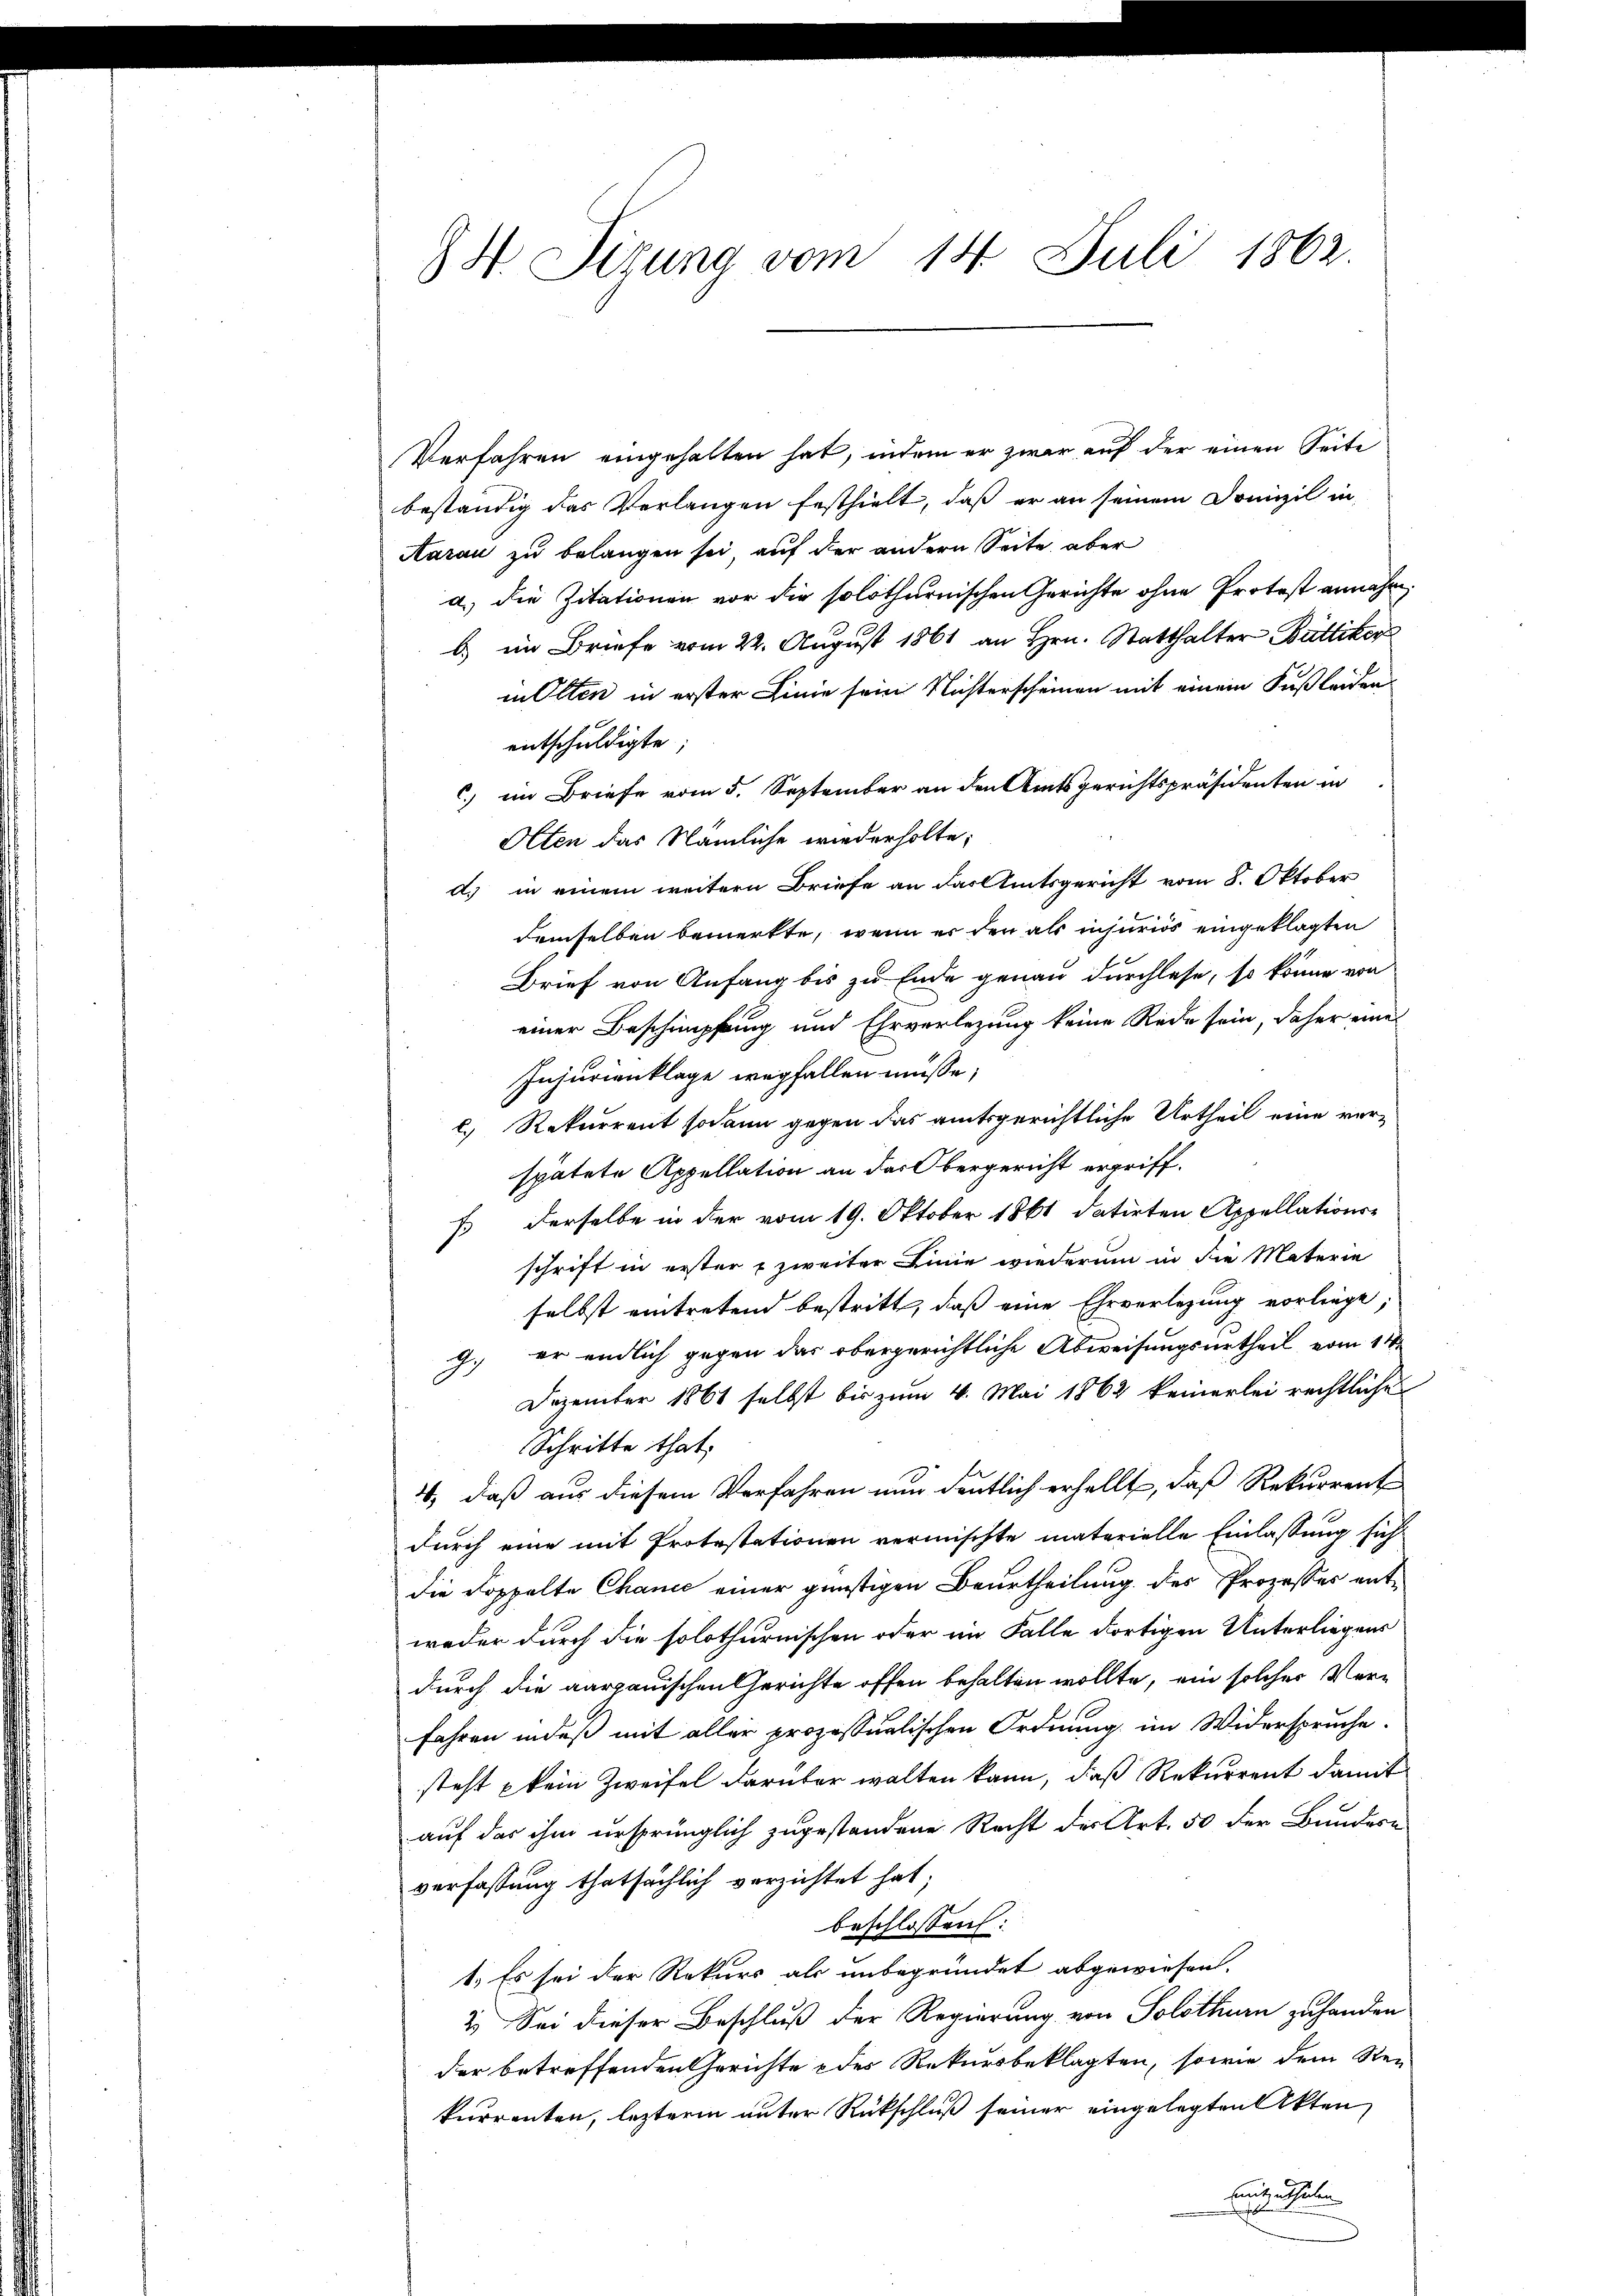
H Sizung vom 14. Juli 1862.

Verfahren eingehalten hat, indem er zwar auf der einen Seite
beständig das Verlangen festhielt, daß er an seinem Domizil in
Aarau zu belangen sei, auf der andern Seite aber
a.) die Zitationen vor die solothurnischen Gerichte ohne Protest annahm,
b) im Briefe vom 22. August 1861 an Hrn. Statthalter Büttiker
in Olten in erster Linie sein Nichterscheinen mit einem Fußleiden
entschuldigte;
c) im Briefe vom 5. September an den Amtsgerichtspräsidenten in
Olten das Nämliche wiederholte,
d. in einem weitern Briefe an das Amtsgericht vom 8. Oktober
demselben bemerkte, wenn er den als injurios eingeklagten
Brief von Anfang bis zu Ende genau durchlese, so könne von
einer Beschimpfung und Ehrverlegung keine Rede sein, daher eine
Injurienklage wegfallen müsse;
l. Rekurrent sodann gegen das amtsgerichtliche Urtheil eine verspätete Appellation an das Obergericht ergriff.
fs derselbe in der vom 19. Oktober 1861 datirten Appellations-
schrift in erster zweiter Linie wiederum in die Materie
selbst eintretend bestritt, daß eine Ehrverlegung vorliegt;
g. er endlich gegen das obergerichtliche Abweisungsurtheil vom 14.
Dezember 1861 selbst bis zum 4. Mai 1862 keinerlei rechtlichen
Schritte that.
4., daß aus diesem Verfahren nun deutlich erhellt, daß Rekurrent
durch eine mit Protestationen vermischte materielle Einlassung sich
die Doppelte Chanić einer günstigen Beurtheilung des Prozesser entweder durch die solothurnischen oder im Falle dortigen Unterliegens
durch die aargauischen Gerichte offen behalten wollte, ein solcher Verfahren indeß mit aller prozessualischen Ordnung im Widerspruche.
steht kein Zweifel darüber walten kann, daß Rekurrent damit
auf das ihm ursprünglich zugestandene Recht der Art. 50 der Bundese
verfassung thatsächlich verzichtet hat;
beschlossen:
1. Es sei der Rekurs als unbegründet abgewiesen.
2.) Sei dieser Beschluß der Regierung von Solothurn zu handen
der betreffenden Gerichte des Rekursbeklagten, sowie dem Stei
kurrenten, leztere unter Rückschluß seiner eingelegten Akten
mit, ertheilen